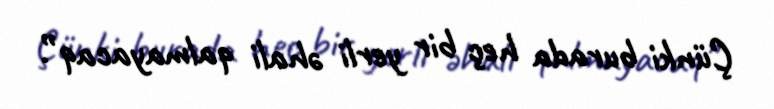
Çünki burada heç bir yerli əhali qalmayacaq”.